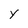
Character: y